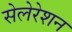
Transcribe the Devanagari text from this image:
सेलेरेशन